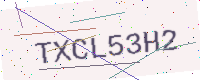
Text: TXCL53H2